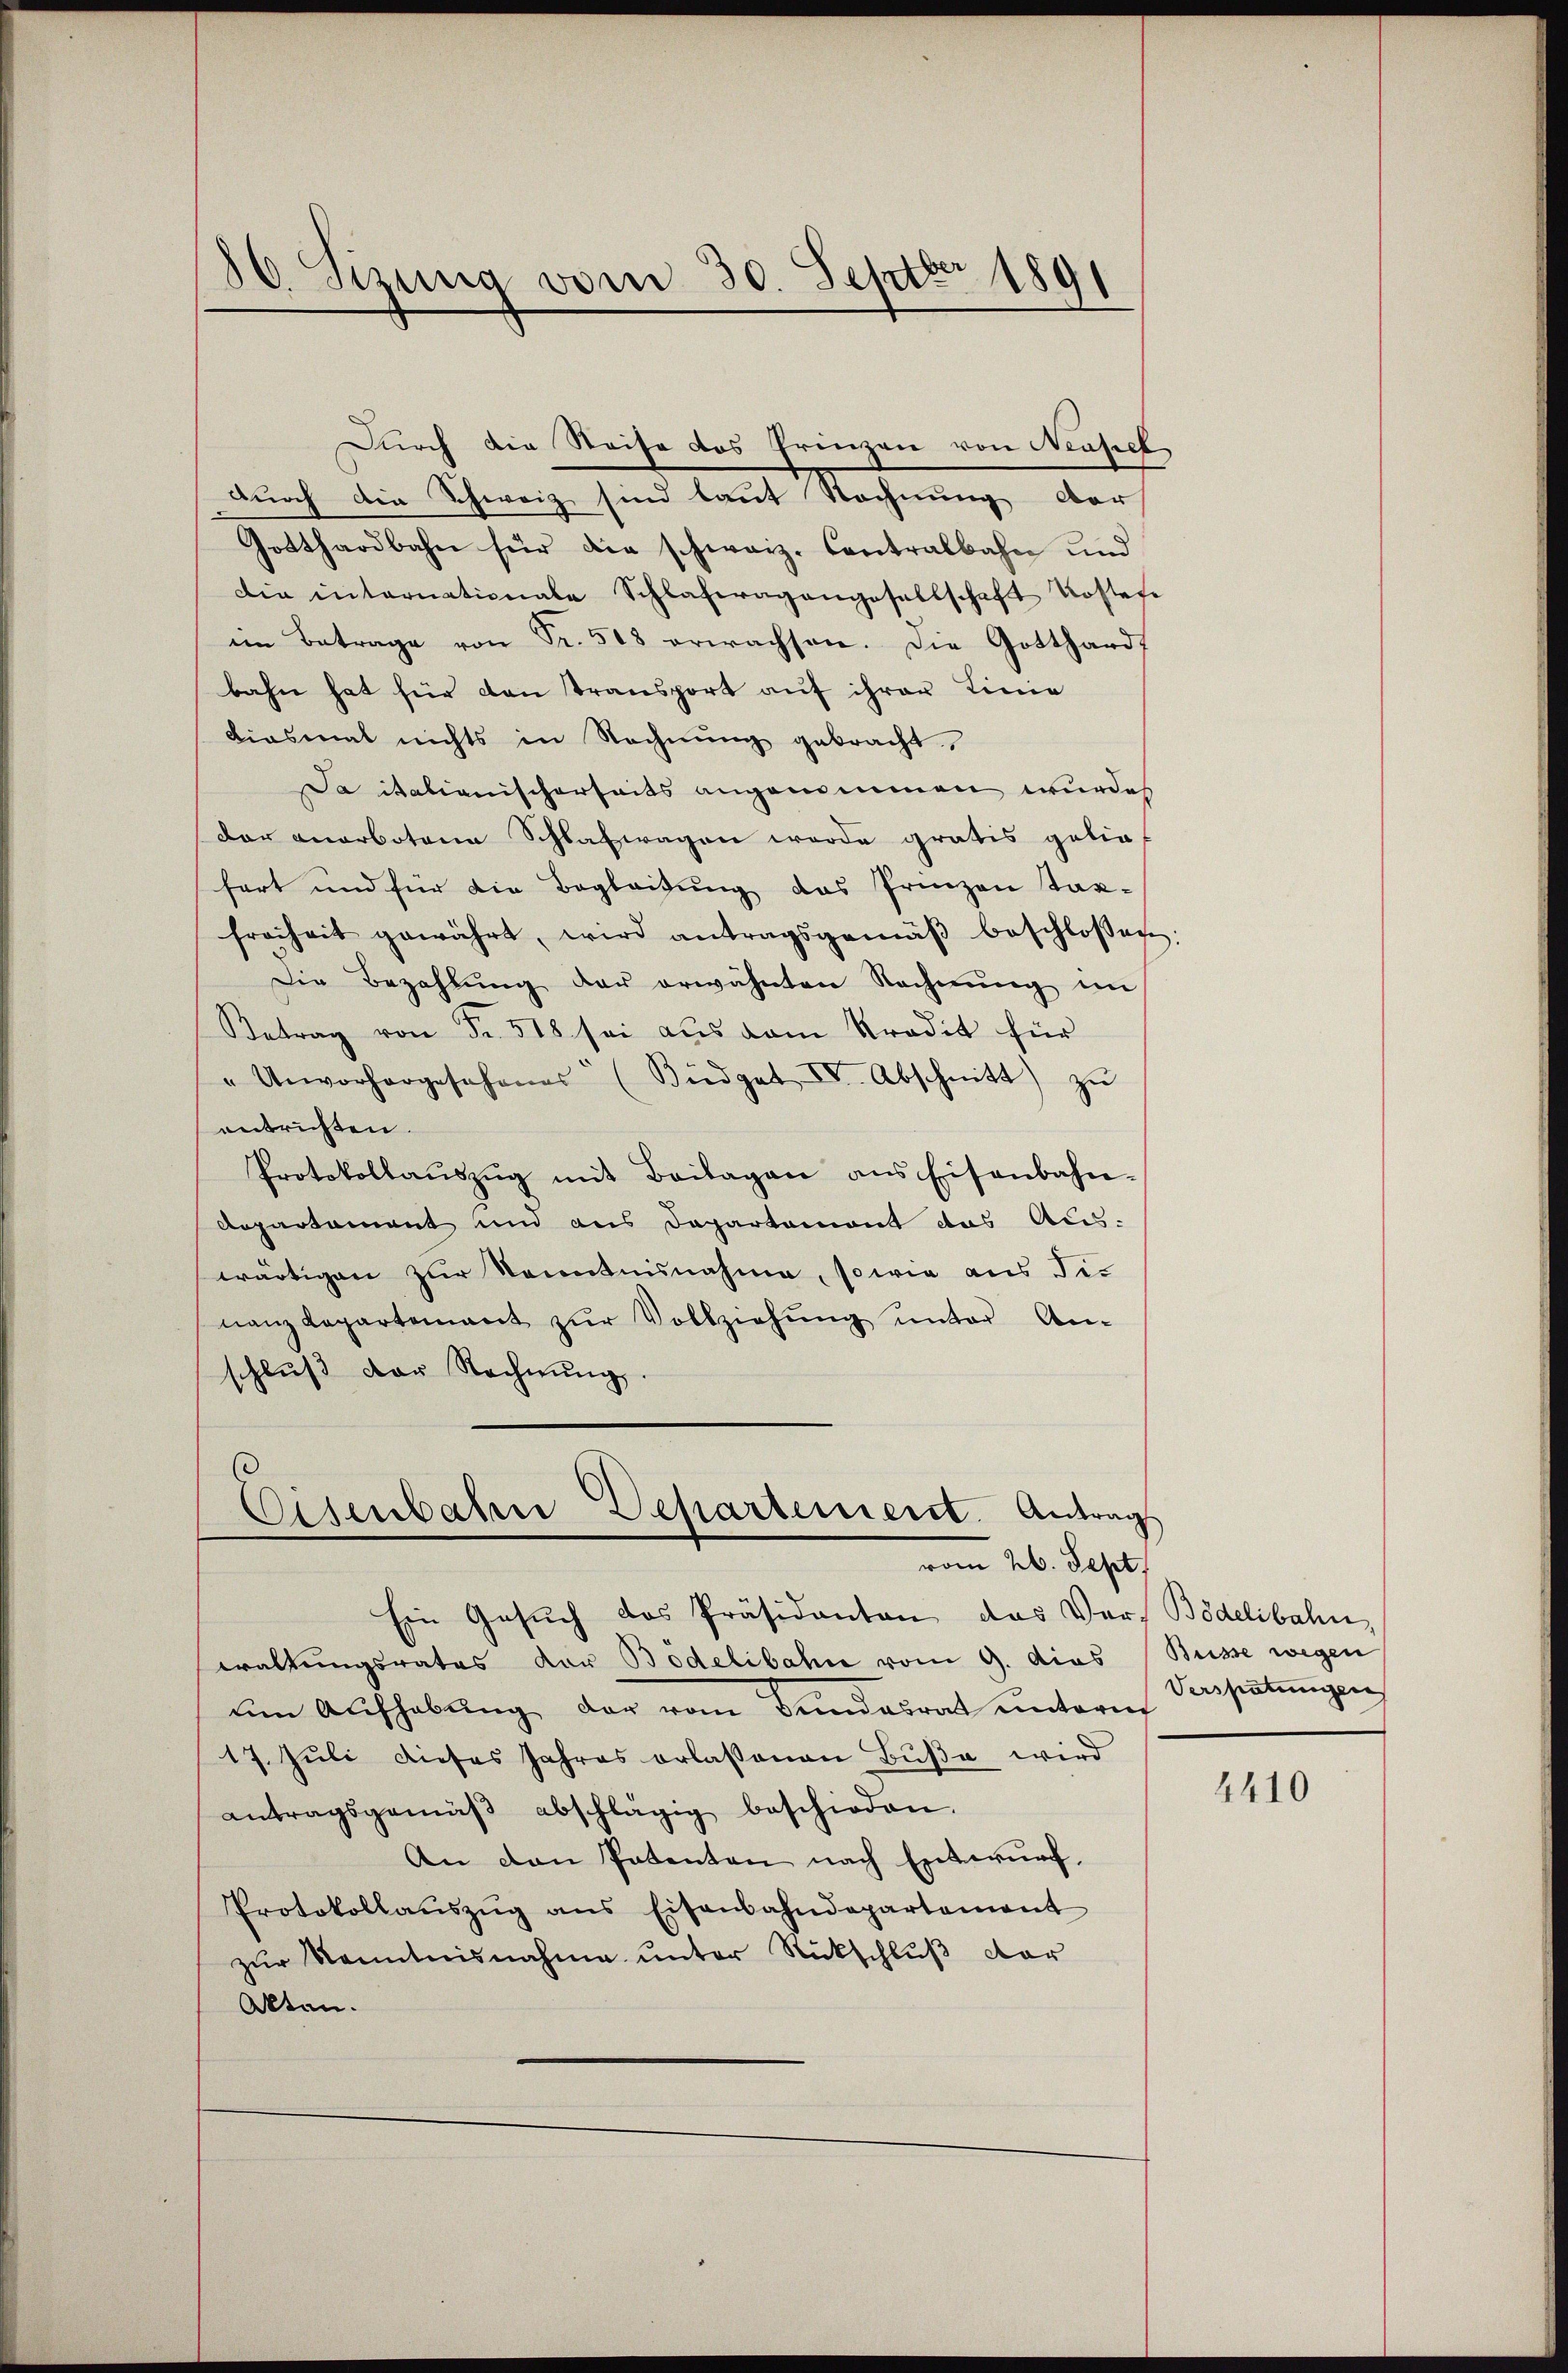
6. Sizung vom 30. Septbr 1891

durch die Schweiz sind laut Rechnung der
Gotthardbahn für die schweiz. Contralbahn und
die internationale Schlaferagangesellschaft Kosten
im Betrage von Fr. 508 erwachsen. Die Gotthardt
bahn hat für den Transport auf ihrer Linie
diesmal nichts in Rechnung gebracht
Da italianischerseits angenommen wurde
dar anerbotene Schlafwagen werde gratis geliefort und für die Begleitung das Prinzen Taxfreiheit gewährt, wird antragsgemäβ beschloßen:
Die Bezahlŭng der erwähnten Rechnŭng im
Betrag von Fr. 518 sei aus dem Kredit für
" Unvorhergesehenes“ (Büdget, IV. Abschnitt zŭ
entrichten.
Protokollaŭszŭg mit Beilagen ans Eisenbahn-
departement und aus Departemont das Aus-
wärtigen zur Kenntnisnahme, sowie aus die
nanzdepartement zŭr Vollziehŭng ŭnter An-
schlŭβ der Rechnŭng.

Durch die Reise des Prinzen von Neusch

Eisenbahne Departement. Antrag
vom 26. Sept.

Ein Gesuch das Präsidenten, das Ver
waltungsrates der Bodelibahn vom 9. dies (Büsse wegen
um Aufhebung der vom Bundesrat unter
17. Juli dieses Jahres erlassenen Bŭβe wird
antragsgemäβ abschlägig beschieden.
An den Patenten nach Entwurf,
Protokollaŭszŭg ans Eisenbahndepartement
zŭr Kenntnisnahme unter Rückschluß der
Akten.

v. Bödelibahn,
es Verspätungen

4410